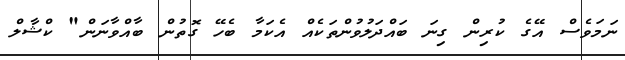
ނަމަވެސް އޭގެ ކުރިން ގިނަ ބައްދަލުވުންތަކެއް އެކަމާ ބެހޭ ގޮތުން ބާއްވާނަން" ކްޝާލް